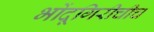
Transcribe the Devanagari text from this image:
भोंदूगिरीचीच